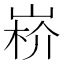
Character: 𡸻